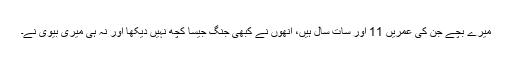
میرے بچے جن کی عمریں 11 اور سات سال ہیں، انھوں نے کبھی جنگ جیسا کچھ نہیں دیکھا اور نہ ہی میری بیوی نے۔